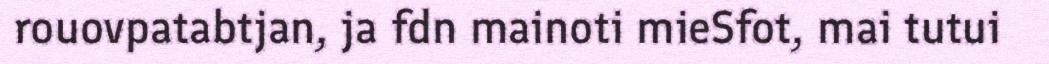
rouovpatabtjan, ja fdn mainoti mieSfot, mai tutui